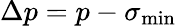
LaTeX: \Delta p=p-\sigma_{\mathrm{min}}